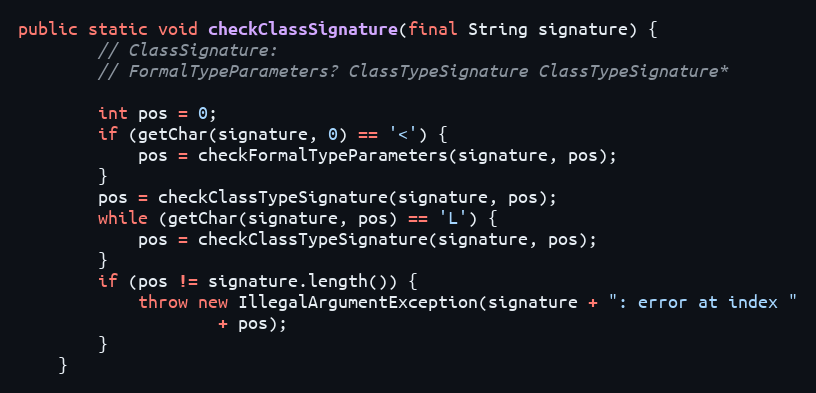
Language: Java
public static void checkClassSignature(final String signature) {
        // ClassSignature:
        // FormalTypeParameters? ClassTypeSignature ClassTypeSignature*

        int pos = 0;
        if (getChar(signature, 0) == '<') {
            pos = checkFormalTypeParameters(signature, pos);
        }
        pos = checkClassTypeSignature(signature, pos);
        while (getChar(signature, pos) == 'L') {
            pos = checkClassTypeSignature(signature, pos);
        }
        if (pos != signature.length()) {
            throw new IllegalArgumentException(signature + ": error at index "
                    + pos);
        }
    }